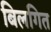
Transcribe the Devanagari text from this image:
बिलगित